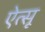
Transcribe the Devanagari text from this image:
ऐत्सू